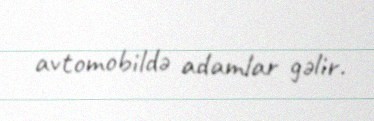
avtomobildə adamlar gəlir.